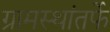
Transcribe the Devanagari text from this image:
ग्रामस्थांतर्फे